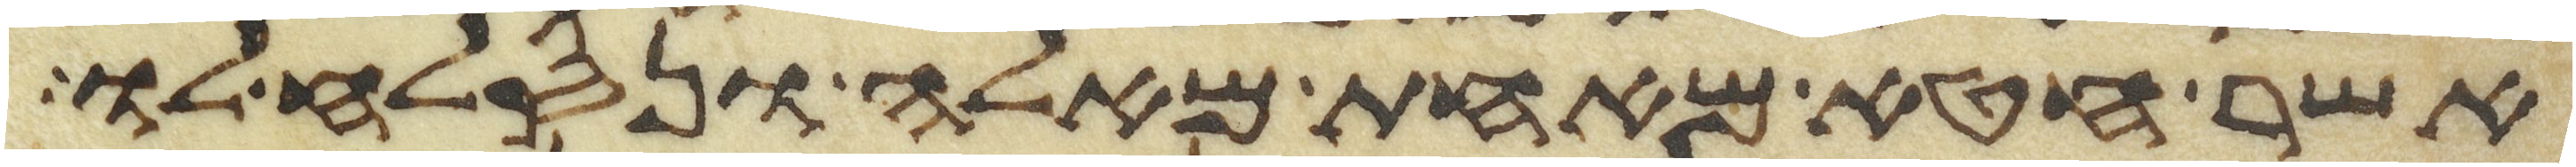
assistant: אשר חטא מאחת מאלה ונסלח לו